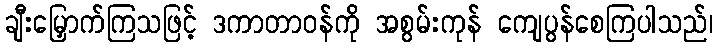
ချီးမြှောက်ကြသဖြင့် ဒကာတာဝန်ကို အစွမ်းကုန် ကျေပွန်စေကြပါသည်၊